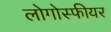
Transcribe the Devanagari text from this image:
लोगोस्फीयर